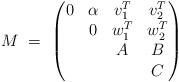
LaTeX: \begin{align*}M \ = \ \left( \begin{matrix} 0 & \alpha & v_1^T & v_2^T \\ &0 & w_1^T & w_2^T \\& & A & B \\& & & C \end{matrix} \right) \end{align*}